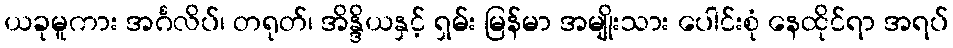
ယခုမူကား အင်္ဂလိပ်၊ တရုတ်၊ အိန္ဒိယနှင့် ရှမ်း မြန်မာ အမျိုးသား ပေါင်းစုံ နေထိုင်ရာ အရပ်